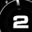
Digit: 2